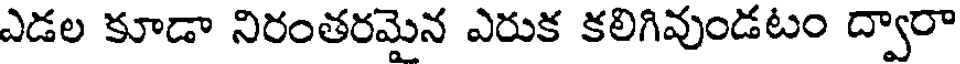
ఎడల కూడా నిరంతరమైన ఎరుక కలిగివుండటం ద్వారా